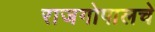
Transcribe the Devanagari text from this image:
राजगोपालचे